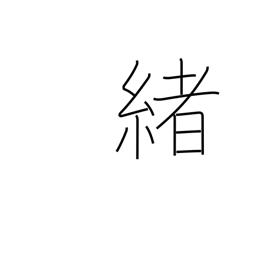
Meaning: inception